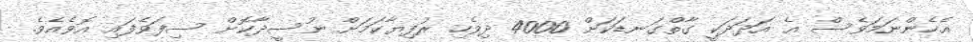
އެހެންނަމަވެސް އެ އަދަދަކީ ގާތްގަނޑަކަށް 4000 ދިވެހި ރުފިޔާކަމަށް ނުސީދާކޮށް ސިފަވެފައި އޮވެއެވެ.